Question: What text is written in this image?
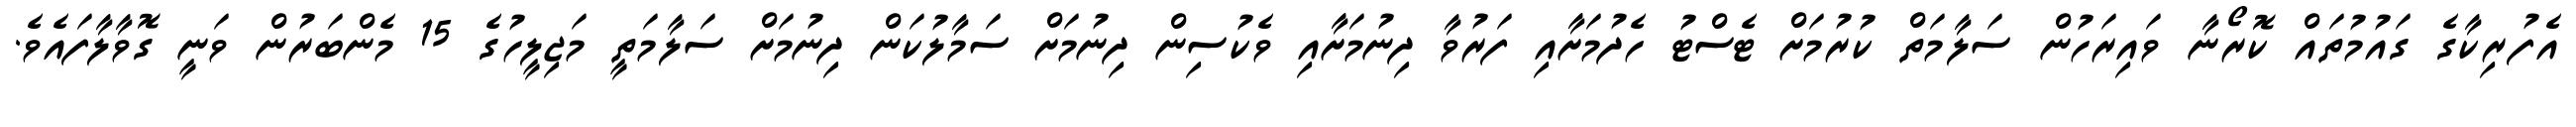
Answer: އެފުރިކާގެ ގައުމުތައް ކޮރޯނާ ވައިރަހުން ސަލާމަތް ކުރުމަށް ޓެސްޓު ހެދުމަށާއި ފަރުވާ ދިނުމަށާއި ވެކުސިން ދިނުމަށް ސަމާލުކަން ދިނުމަށް ސަލާމަތީ މަޖިލީހުގެ 15 މެންބަރުން ވަނީ ގޮވާލާފައެވެ.